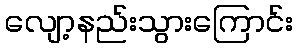
လျော့နည်းသွားကြောင်း